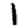
Digit: 1